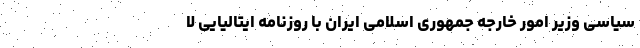
سیاسی وزیر امور خارجه جمهوری اسلامی ایران با روزنامه ایتالیایی لا